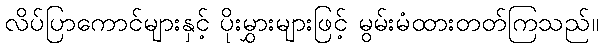
လိပ်ပြာကောင်များနှင့် ပိုးမွှားများဖြင့် မွမ်းမံထားတတ်ကြသည်။